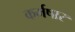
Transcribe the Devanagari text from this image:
कर्मषार